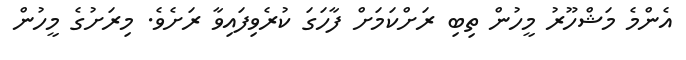
އެންމެ މަޝްހޫރު މީހުން ތިބި ރަށްކަމަށް ފާހަގަ ކުރެވިފައިވާ ރަށެވެ. މިރަށުގެ މީހުން